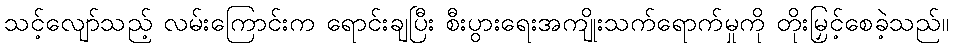
သင့်လျော်သည့် လမ်းကြောင်းက ရောင်းချပြီး စီးပွားရေးအကျိုးသက်ရောက်မှုကို တိုးမြှင့်စေခဲ့သည်။